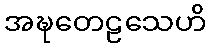
အဍ္ဎတေဠသေဟိ